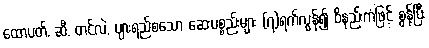
ထောပတ်, ဆီ, တင်လဲ, ပျားရည်စသော ဆေးပစ္စည်းများ (၇)ရက်လွန်၍ ဝိနည်းကံဖြင့် စွန့်ပြီး